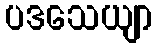
ပဒသေယျာ